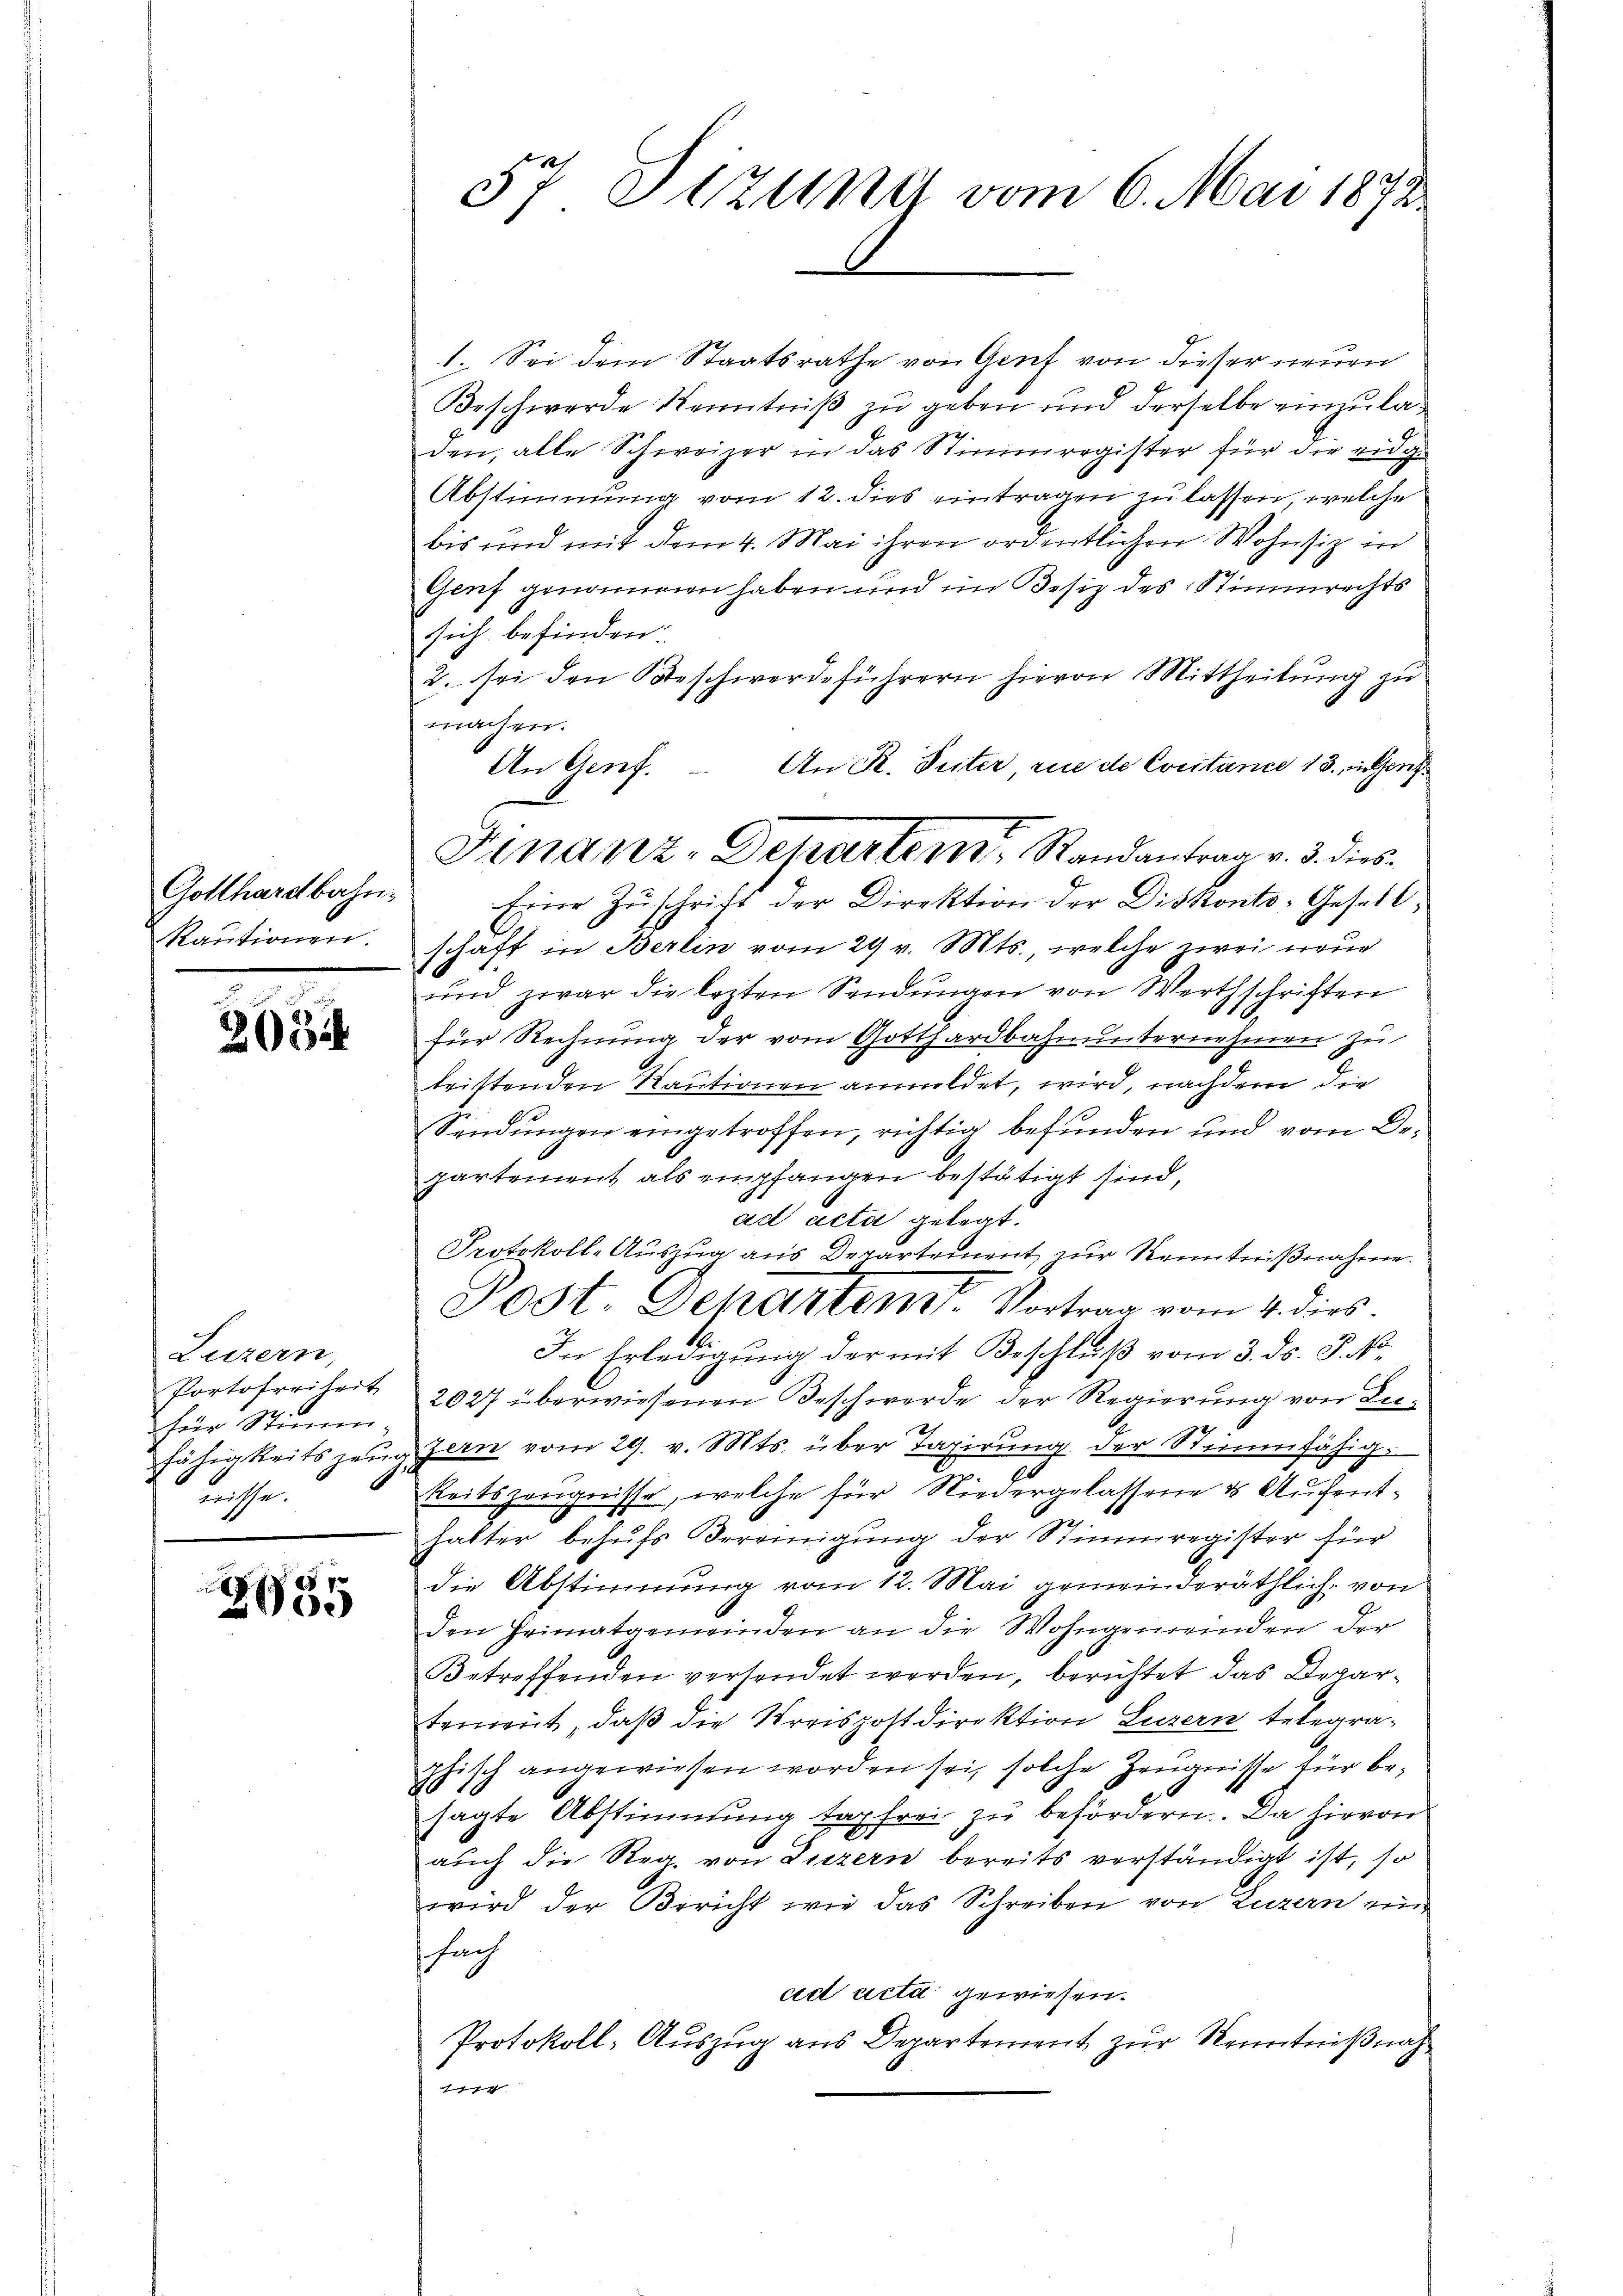
Gotthardbahn
kautionen.

365

Luzern,
Portofreiheit
für Stimm
wache.

e
2005

57. Sitzung vom 6. Mai 1872

An R. Suter, rue de Cortance 13. in Genf
An Genf.
Finanz-Departem Randantrag v. 3. dies
Eine Zŭschrift der Direktion der Diskonto-Gesell¬

1. Sei dem Staatsrathe von Genf von dieser neuen
Beschwerde Kenntniß zu geben und derselbe einzulad
den, alle Schweizer in das Stimmregister für die eidge
Abstimmung vom 12. dies eintragen zu lassen, welche
bis und mit dem 4. Mai ihren ordentlichen Wohnsiz in
Genf genommen haben und im Besiz des Stimmrechts
sich befinden.
2. sei den Beschwerdeführern hievon Mittheilung zu
machen.
schaft in Berlin vom 29 v. Mts., welche zwei neue
und zwar die lezten Sendungen von Werthschriften
für Rechnung der vom Gotthardbahnunternehmen zu
tristenden Kautionen anmeldet, wird, nachdem die
Sendungen eingetroffen, richtig befunden und vom De-
partement als empfangen bestätigt sind,
ad acta gelegt.
Protokoll-Auszug aus Departement zur Kenntnißnahme.
Post Dekastent. Vortrag vom 4. dies
In Erledigung der mit Beschluß vom 3. ds. P. Nr.
2027 überwiesenen Beschwerde der Regierung von Befähigkeitszeŭgzern vom 29. v. Mts. über Taxirŭng der Stimmfähig¬
2
Reitszeugnisse, welche für Niedergelassene & Aufenthalter behufs Vereinigung der Stimmregister für
die Abstimmung vom 12. Mai gemeinderäthlich von
den Heimatgemeinden an die Wohngemeinden der
Betreffenden versendet werden, berichtet das Departement, daß die Kreispostdirektion Luzern telegrachisch angewiesen worden sei, solche Zeugnisse für be¬
2
sagte Abstimmung tag frei zu befördern. Da hievon
auch die Reg. von Luzern bereits verständigt ist, so
wird der Bericht wie das Schreiben von Luzern ein
fach
ad acta gewiesen.
Protokoll-Aŭszŭg ans Departement zŭr Kenntniβnah
wor